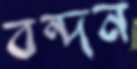
বন্দন